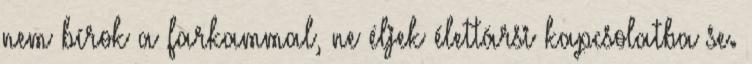
nem bírok a farkammal, ne éljek élettársi kapcsolatba se.